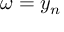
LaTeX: \omega = y _ { n }